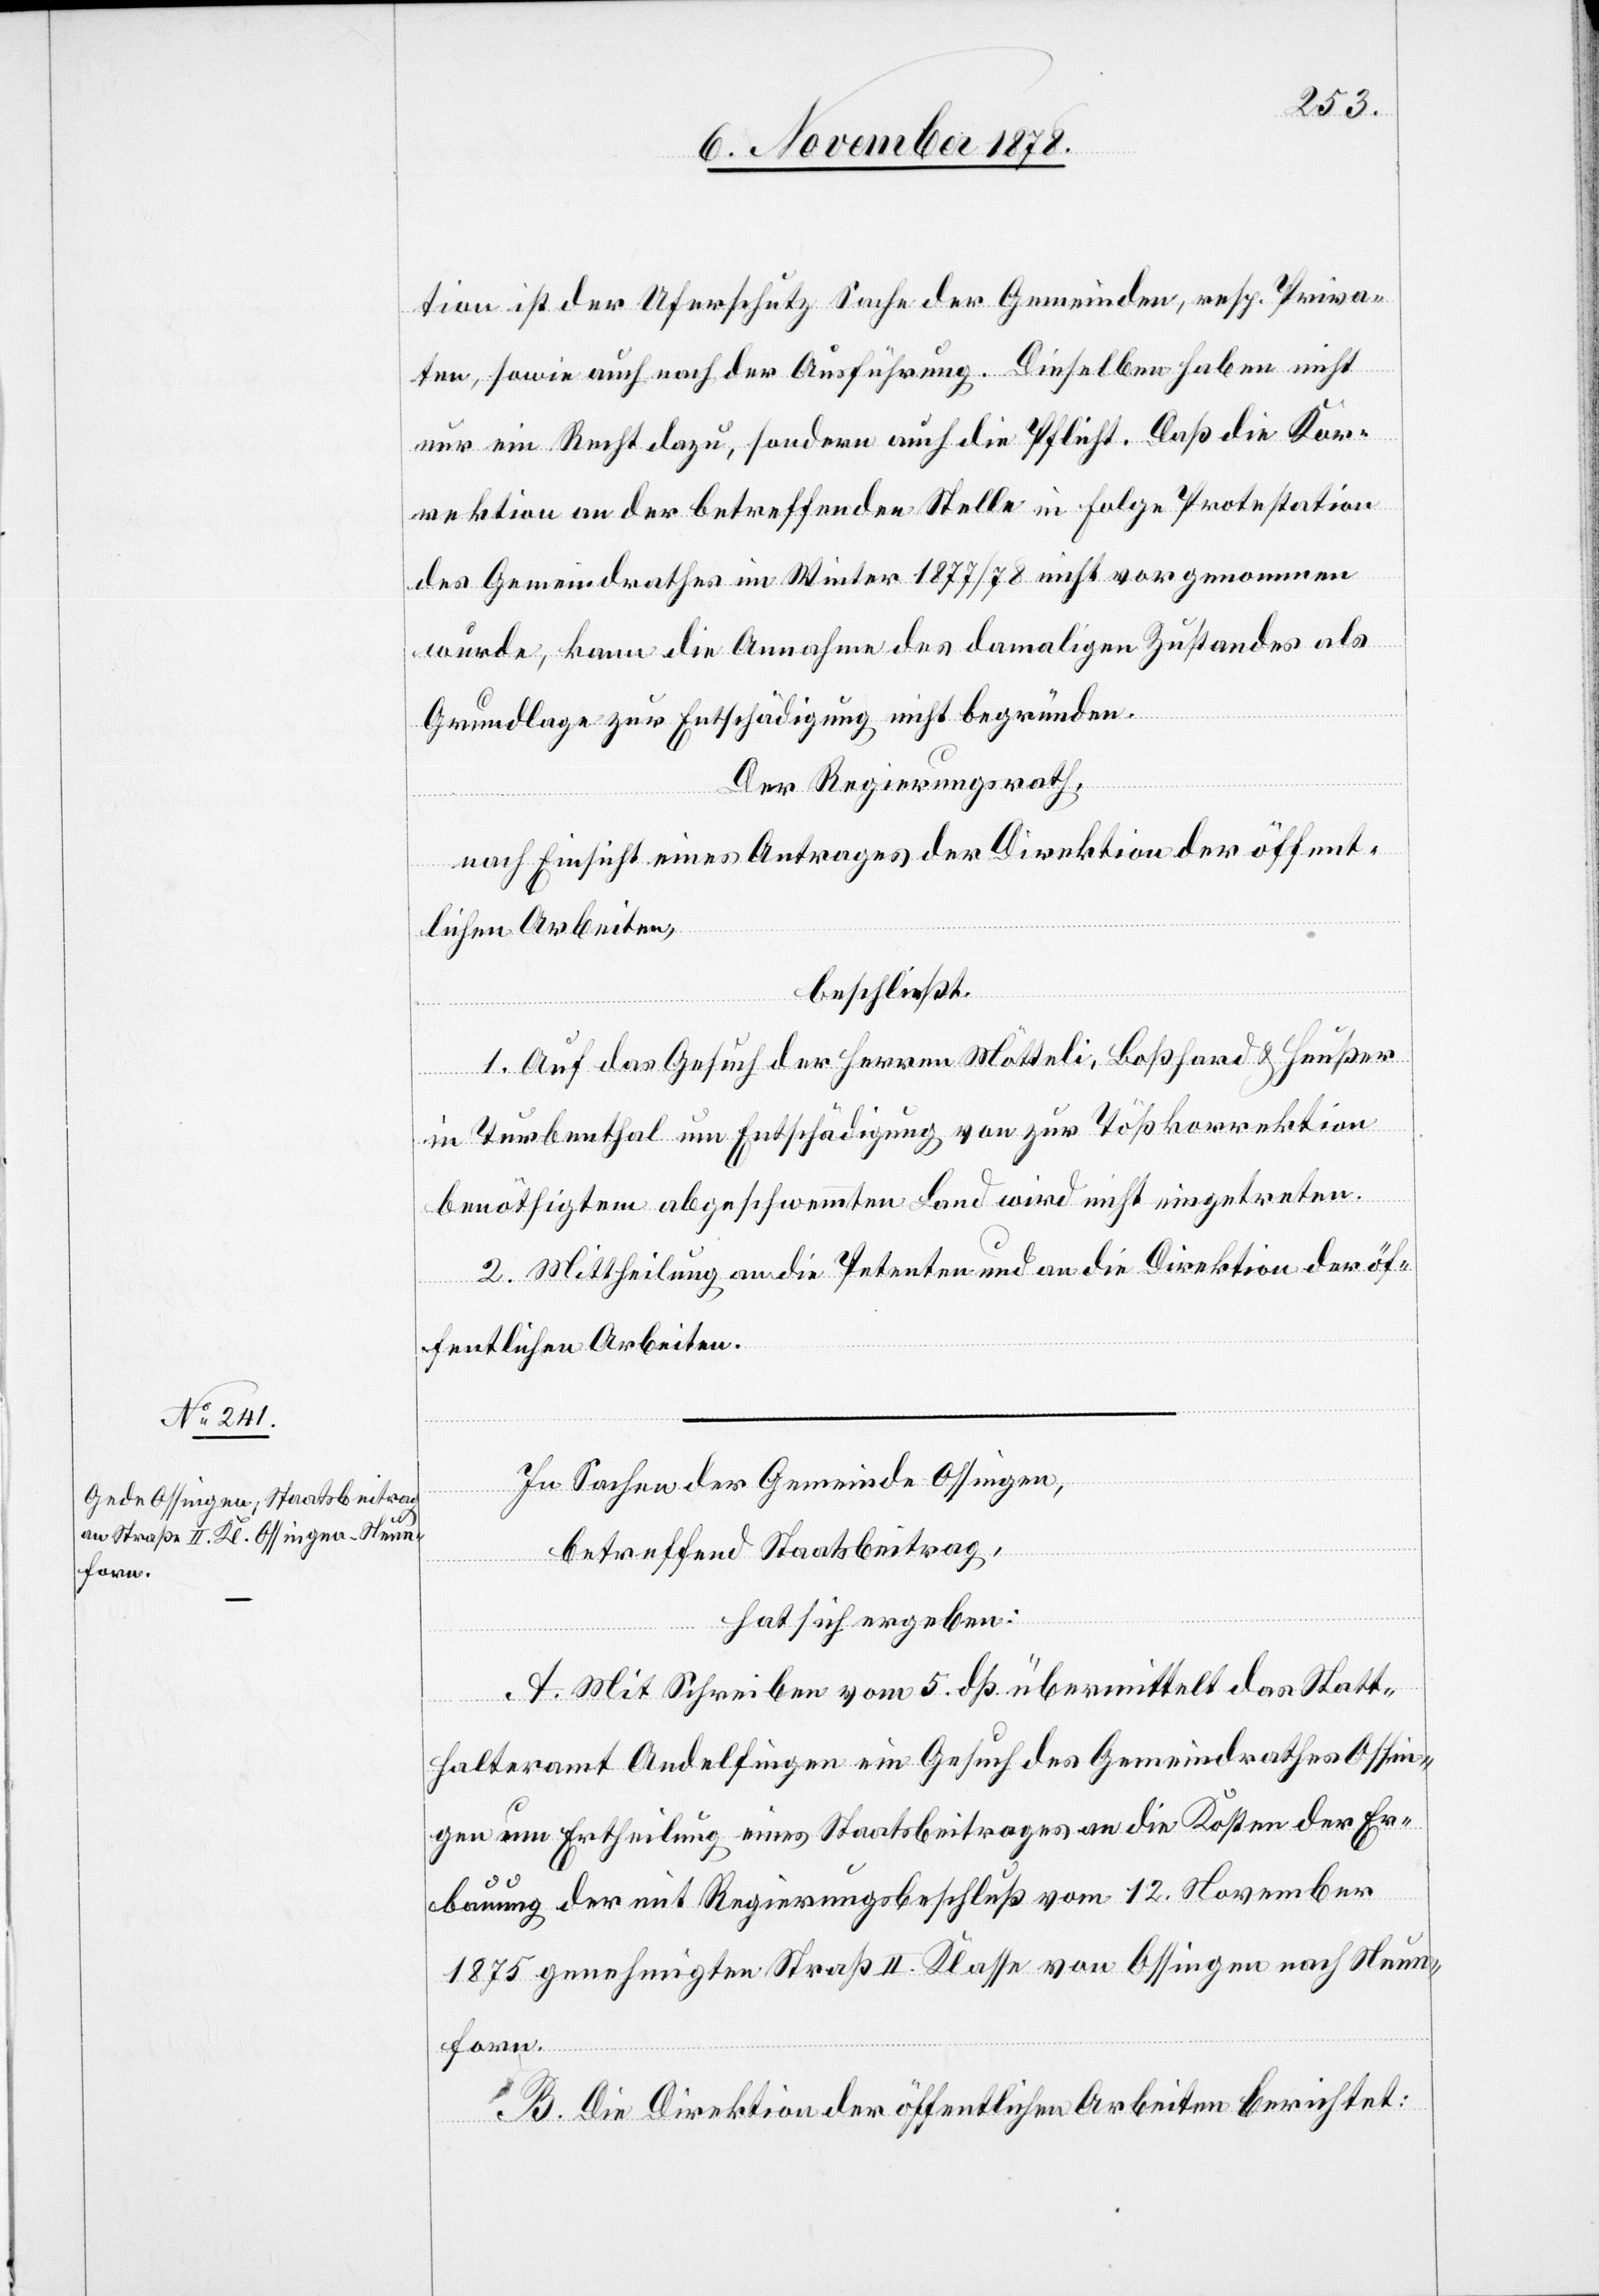
tion ist der Uferschutz Sache der Gemeinden, resp. Priva¬
ten, sowie auch nach der Ausführung. Dieselben haben nicht
nur ein Recht dazu, sondern auch die Pflicht. Daß die Kor¬
rektion an der betreffenden Stelle in Folge Protestation
des Gemeindrathes im Winter 1877/78 nicht vorgenommen
wurde, kann die Annahme des damaligen Zustandes als
Grundlage zur Entschädigung nicht begründen.
Der Regierungsrath,
nach Einsicht eines Antrages der Direktion der öffent¬
lichen Arbeiten,
beschließt:
1. Auf das Gesuch der Herren Mötteli, Boßhard & Heußer
in Turbenthal um Entschädigung von zur Tößkorrektion
benöthigten abgeschwemmten Land wird nicht eingetreten.
2. Mittheilung an die Petenten und an die Direktion der öf¬
fentlichen Arbeiten.
In Sachen der Gemeinde Ossingen,
betreffend Staatsbeitrag,
hat sich ergeben:
A. Mit Schreiben vom 5 dß. übermittelt das Statt¬
halteramt Andelfingen ein Gesuch des Gemeindrathes Ossin¬
gen um Ertheilung eines Staatsbeitrages an die Kosten der Er¬
bauung der mit Regierungsbeschluß vom 12. November
1875 genehmigten Straß[e] II. Klasse von Ossingen nach Neun¬
forn.
B. Die Direktion der öffentlichen Arbeiten berichtet: